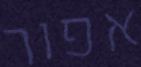
אפור